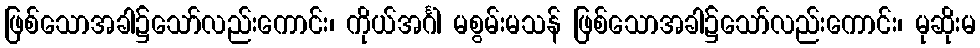
ဖြစ်သောအခါ၌သော်လည်းကောင်း၊ ကိုယ်အင်္ဂါ မစွမ်းမသန် ဖြစ်သောအခါ၌သော်လည်းကောင်း၊ မုဆိုးမ